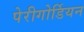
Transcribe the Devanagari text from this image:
पेरीगोर्डियन